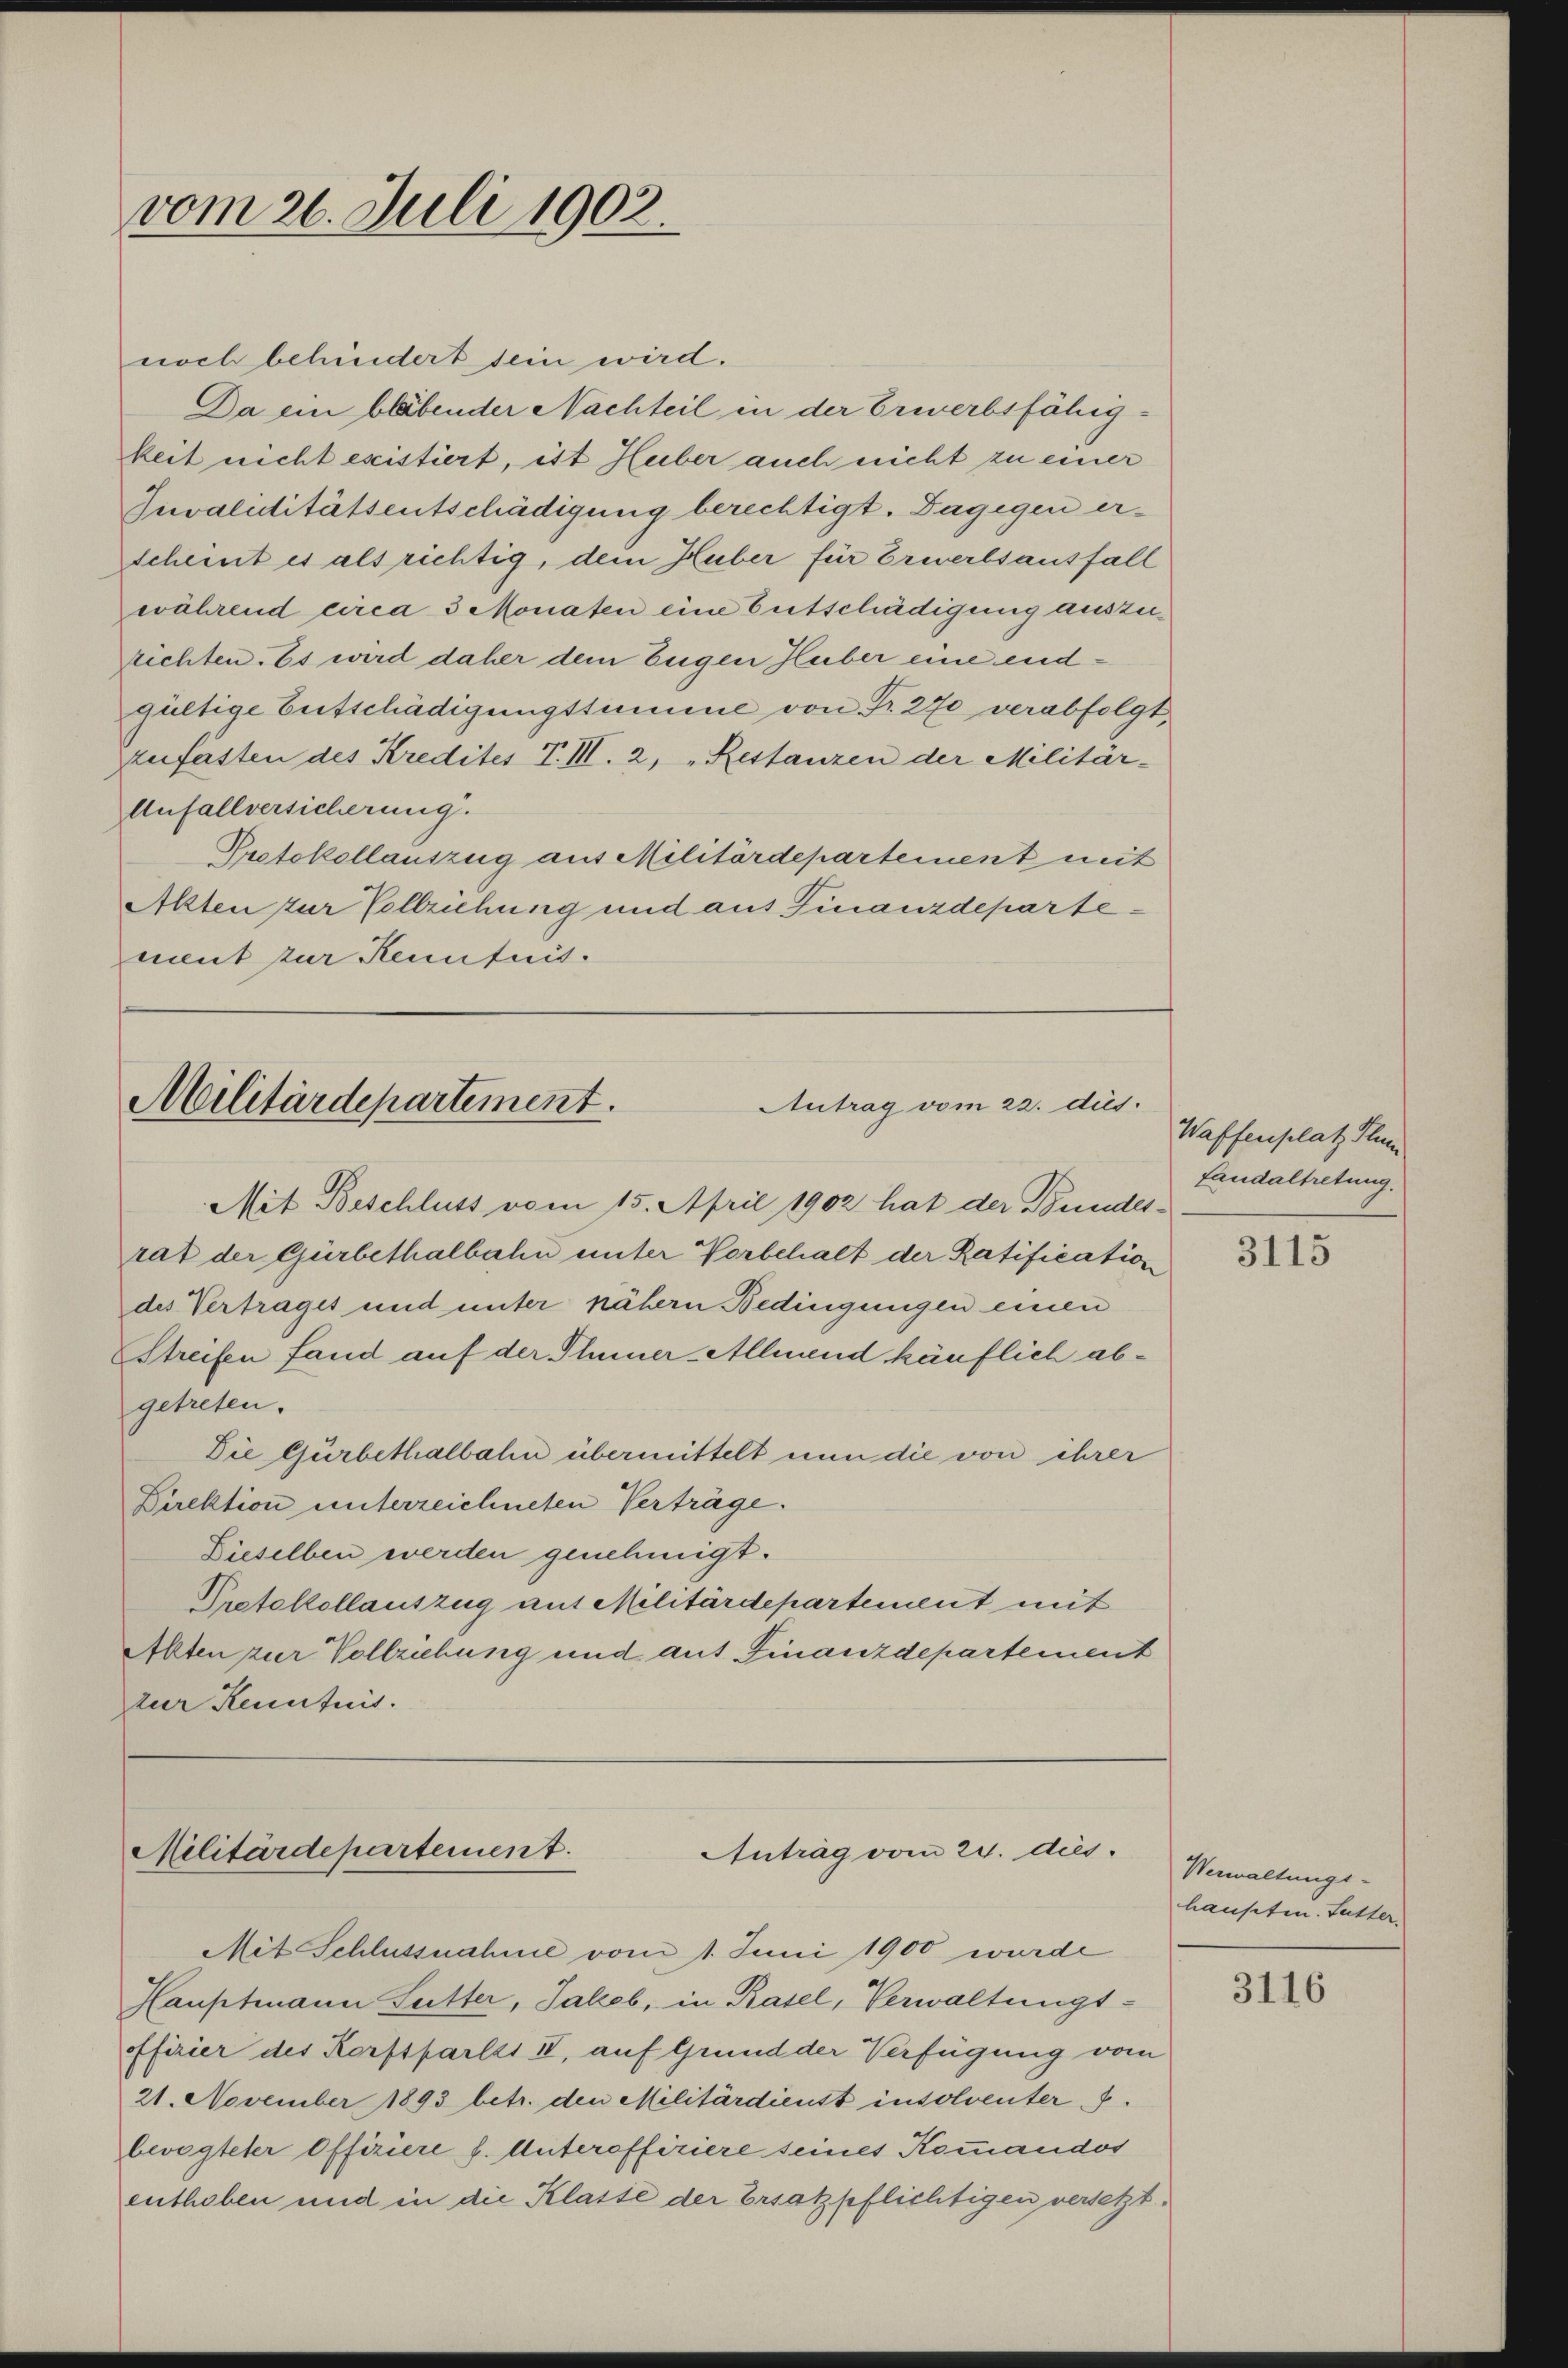
vom 26. Juli 1902.

Militärdepartement.
Antrag vom 22. dies

Militärdepartement.
Antrag vom 24. dies

noch behindert sein wird.
Da ein bläbender Nachteil in der Erwerbsfähig-
keit nicht existiert, ist Huber auch nicht zu einer
Juvaliditätsentschädigung berechtigt. Dagegen erscheint es als richtig, dem Huber für Erwerbsausfall
während circa 3 Monaten eine Entschädigung auszurichten. Es wird daher dem Eugen Huber eine endgültige Entschädigungstimme von Fr. 270 verabfolgt,
zufasten des Kredites T. III. 2, „Restanzen der Militar-
Anfallversicherung.
Protokollauszug aus Militärdepartement mit
Akten zur Vollziehung und aus Finanzdepartement zur Kenntnis.

Mit Beschluss vom 15. April 1902 hat der Bundesrat der Gürbethalbahn unter Vorbehalt der Ratification
des Vertrages und unter nähern Bedingungen einen
Streifen fand auf der Thuner-Allmend käuflich abgetreten.
Die Gürbethalbahn übermittelt nun die von ihrer
Direktion unterzeichneten Verträge.
Dieselben werden genehmigt.
Protokollauszug aus Militärdepartement mit
Alten zur Vollziehung und auf Finanzdepartement
zur Kenntnis.

Mit Schlussnahme vom 1. Juni 1900 wurde
Hauptmann Sutter, Jakob, in Basel, Verwaltungsffirier des Korftfarlzs II, auf Grund der Verfügung vom
21. November 1893 betr. den Militärdienst insolventer J.
bevogteter Offiziere f. Unteroffiriere seines Kommandos
enthoben und in die Klasse der Ersatzpflichtigen versetzt.

Waffenplatz Plum
fandaltretung.

3115

Verwaltungs-
hauseten. Futter.

3116